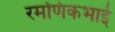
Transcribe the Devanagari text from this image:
रमणिकभाई